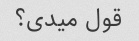
قول میدی؟